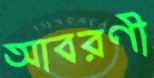
আবরণী